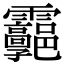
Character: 𩇊